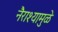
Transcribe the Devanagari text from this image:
नैराश्यामुळे